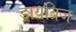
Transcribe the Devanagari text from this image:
ड्रायब्रिज